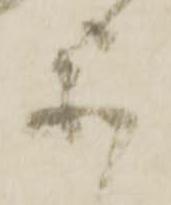
不